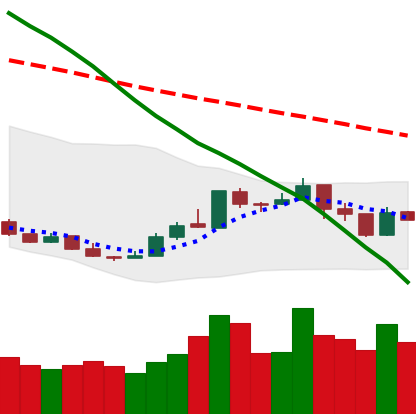
Ticker: XMR-USD
Chart end date: 2018-12-29
Forward return: 3.54%
Label: up_3_5